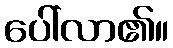
ပေါ်လာ၏။